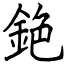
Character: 銫